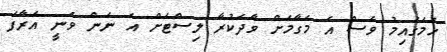
ހަމަގައިމު ވެސް އެ މަގާމަށް ވާދަކުރާ ލިސްޓަށް އެ ނަން ވަނީ އަރާފަ